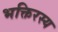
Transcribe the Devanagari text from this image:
भक्तिरस्य